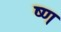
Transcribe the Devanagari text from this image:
ष्ण